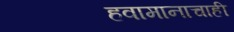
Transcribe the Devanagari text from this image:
हवामानाचाही